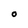
Character: 0